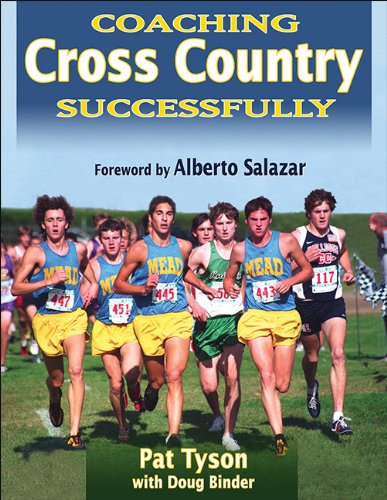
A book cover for Coaching Cross Country Successfully; Pat Tyson; Sports & Outdoors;